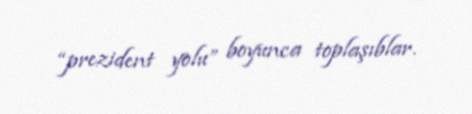
“prezident yolu” boyunca toplaşıblar.